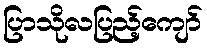
ပြာသိုလပြည့်ကျော်